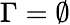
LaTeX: \Gamma=\emptyset